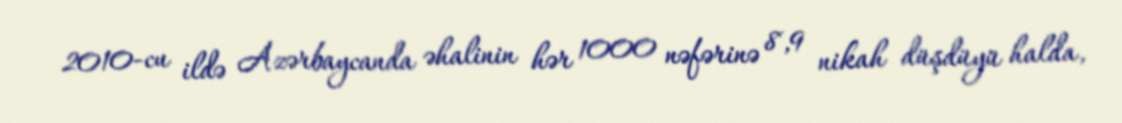
2010-cu ildə Azərbaycanda əhalinin hər 1000 nəfərinə 8,9 nikah düşdüyü halda,